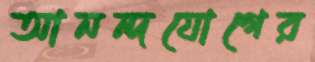
আনন্দযোগের